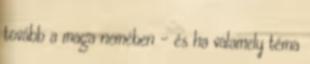
tovább a maga nemében – és ha valamely téma